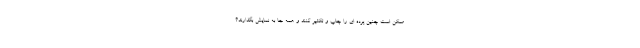
ممکن است چنین پرده ای را چاپ و تکثیر کنند و همه جا به نمایش بگذارند؟